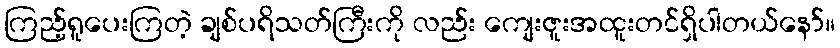
ကြည့်ရူပေးကြတဲ့ ချစ်ပရိသတ်ကြီးကို လည်း ကျေးဇူးအထူးတင်ရှိပါတယ်နော်။